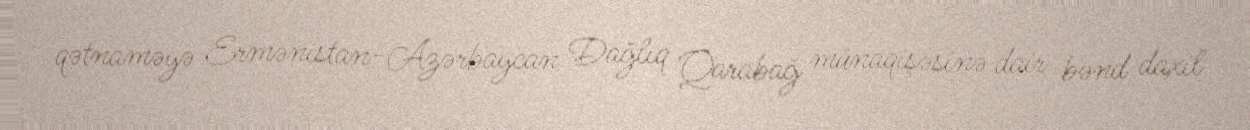
qətnaməyə Ermənistan-Azərbaycan Dağlıq Qarabağ münaqişəsinə dair bənd daxil